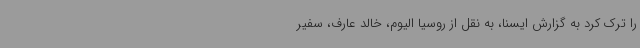
را ترک کرد به گزارش ایسنا، به نقل از روسیا الیوم، خالد عارف، سفیر